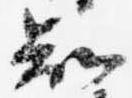
知